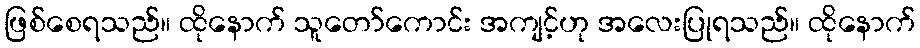
ဖြစ်စေရသည်။ ထိုနောက် သူတော်ကောင်း အကျင့်ဟု အလေးပြုရသည်။ ထိုနောက်